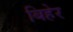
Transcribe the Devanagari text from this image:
बिहेर